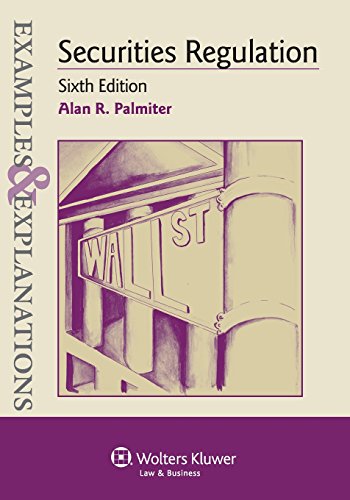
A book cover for Examples & Explanations: Securities Regulation, Sixth Edition; Alan R. Palmiter; Law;